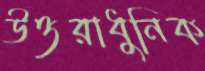
উত্তরাধুনিক